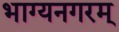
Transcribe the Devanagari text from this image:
भाग्यनगरम्